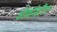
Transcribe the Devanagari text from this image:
ऑर्काइटिस